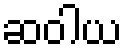
ဆဝါယ